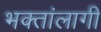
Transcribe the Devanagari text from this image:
भक्तांलागी